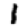
Digit: 1